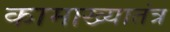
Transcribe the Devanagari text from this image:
कामाख्यातंत्र